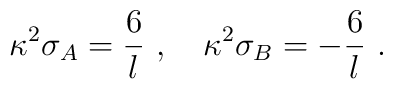
\kappa^2 \sigma_A = \frac{6}{l} \ , \quad \kappa^2 \sigma_B  		= -\frac{6}{l} \ .